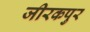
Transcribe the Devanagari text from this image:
जीरकपुर